Calcutta medical institutions reports 1871-78
Year: 1871
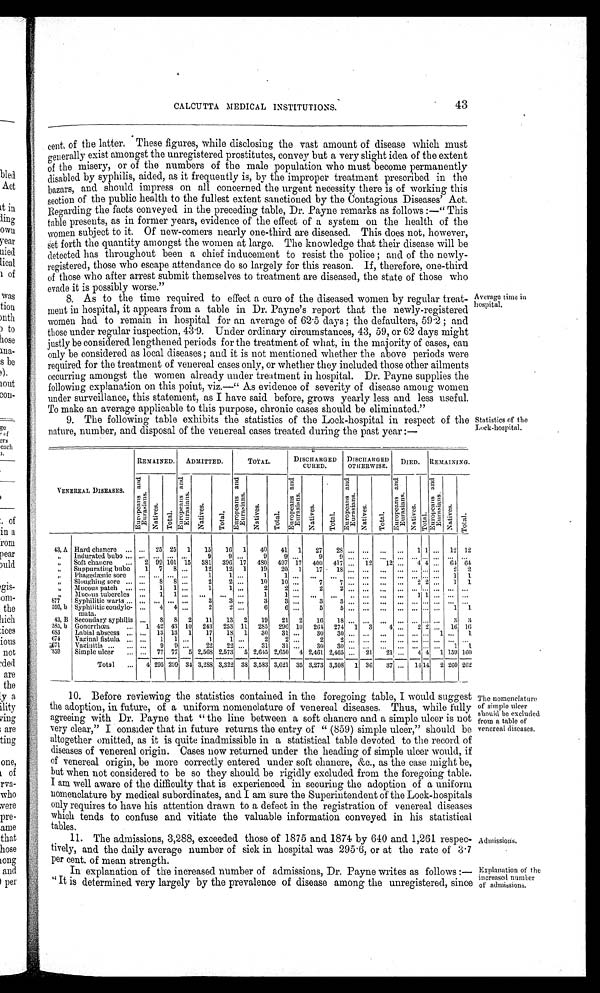
Admissions.
Explanation of the
increased number
of admissions.
CALCUTTA MEDICAL INSTITUTIONS.
43
cent of the latter. These figures, while disclosing the vast amount of disease
which must generally exist amongst the unregistered prostitutes, convey but a very slight idea of the extent
of the misery, or of the numbers of the male population who must become permanently
disabled by syphilis, aided, as it frequently is, by the improper treatment prescribed in the
bazars, and should impress on all concerned the urgent necessity there is of working this
section of the public health to the fullest extent sanctioned by the Contagious Diseases' Act.
Regarding the facts conveyed in the preceding table, Dr. Payne remarks as follows:—"This
table presents, as in former years, evidence of the effect of a system on the health of the
women subject to it. Of new-corners nearly one-third are diseased. This does not, however,
set forth the quantity amongst the women at large. The knowledge that their disease will be
detected has throughout been a chief inducement to resist the police; and of the newly-
registered, those who escape attendance do so largely for this reason. If, therefore, one-third
of those who after arrest submit themselves to treatment are diseased, the state of those who
evade it is possibly worse."
8. As to the time required to effect a cure of the diseased women by regular trea
t - m e n t i n h o s p i t a l , i t a p p e a r s f r o m a t a b l e i n D r . P a y n e ' s r e p o r t t h a t t h e n e w l y - r e g i s t e r e d
women had to remain in hospital for an average of 62·5 days; the defaulters, 59·2; and
those under regular inspection, 43·9. Under ordinary circumstances, 43, 59, or 62 days might
justly be considered lengthened periods for the treatment of what, in the majority of cases, can
only be considered as local diseases; and it is not mentioned whether the above periods were
required for the treatment of venereal cases only, or whether they included those other ailments
occurring amongst the women already under treatment in hospital. Dr. Payne supplies the
following explanation on this point, viz.—"As evidence of severity of disease among women
under surveillance, this statement, as I have said before, grows yearly less and less useful.
To make an average applicable to this purpose, chronic cases should be eliminated."
9. The following table exhibits the statistics of the Lock-hospital in respect of the
nature, number, and disposal of the venereal cases treated during the past year:—
Average time in
hospital.
Statistics of the
Lock-hospital.
REMAINED. ADMITTED.
T O T A L .
DISCHARGED
CURED.
DISCHARGED
OTHERWISE. DIED. REMAINING.
VENEREAL DISEASES.
E u r o p e a n s a n d E u r a s i a n s .
N a t i v e s . T o t a l .
E u r o p e a n s a n d E u r a s i a n s .
N a t i v e s .
T o t a l .
E u r o p e a n s a n d E u r a s i a n s .
N a t i v e s .
T o t a l .
E u r o p e a n s a n d E u r a s i a n s .
N a t i v e s .
T o t a l .
E u r o p e a n s a n d E u r a s i a n s .
N a t i v e s .
T o t a l .
E u r o p e a n s a n d E u r a s i a n s .
N a t i v e s . T o t a l .
E u r o p e a n s a n d E u r a s i a n s .
N a t i v e s .
T o t a l .
43, A Hard chancre ... . . . 25 25 1 15 16 1 40 41 1 27 28 . . . ...
. . .
. . .
1 1 . . . 12 12
”
Indurated bubo ... . . .
. . . . . . . . .
9
9
. . .
9
9
. . . 9
9
. . . . . .
. . . . . .
. . . . . . . . .
. . . . . .
„ Soft chancre ... 2
9 9
101 15 381 396 17 480 497 .17 400 417 . . . 12 12 . . . 4 4 . . .
6 4 6 4
”
Suppurating bubo 1
7
8 ...
12 12 1 19 20 1 17 18 . . . ... ...
. . . . . . . . . . . . 2 2
„ Phagedænic sore ... ... ...
. . .
1
1
. . .
1
1
. . . . . .
. . .
. . . . . . . . .
. . . . . . . . . . . . 1 1
”
Sloughing sore ...
. . .
8 8 . . .
2
2 . . . 10 10 . . .
7
7 . . . . . . ...
. . . 2 2 . . . 1
1
„ Mucous patch ...
. . .
1 1
. . .
1
1 ...
2
2
. . . 2
2
. . . . . . . . .
. . . . . . . . . . . . . . . . . .
„ Mucous tubercles ... 1 1 ...
. . .
. . .
. . .
1
1 . . .
. . .
. . .
. . . . . . . . . .
. . . 1 1 . . . . . . . . .
877 Syphilitic warts ...
. . . . . .
... ...
3
3 ...
3
3 ...
3
3
. . . . . . . . . .
. . . . . . . . . . . . . . . . . .
593, b Syphilitic condylo-
mata.
. . . 4 4 . . .
2
2 . . .
6
6 . . .
5
5 . . . . . .
. . .
. . . . . . . . . . . . 1
1
43, B Secondary syphilis ... 8 8 2 11 13 2 19 21 2 16 18 ... ... ... ...
. . . . . . . . .
3 3
585, b Gonorrhoœ ...
1 42 43 10 243 253 11 285 296 10 264 274 1 3
4
. . .
2 2
. . .
16 16
683 Labial abscess ... ... 13 13 1 17 18 1 30 31
. . . 3 0
3 0
. . . . . . . . .
. . . . . . . . .
1 . . . 1
674 Vaginal fistula ... ... 1 1 ...
1
1
. . .
2
2
. . . 2
2
. . . . . . . . .
. . . . . . . . . . . . . . . . . .
6 7 1
Vazinitis ... ... . . . 9 9
. . .
22 22 . . . 31 31 . . . 30 30 . . . . . . . . .
. . . . . . . . . . . . 1 1
859 Simple ulcer ... ... 77 77 5 2,568 2,573
5
2,645 2,650 4 2,461 2,465 ... 21 21 ... 4 4 1 159
1 6 0
Total ... 4 295 299 34 3,288 3,322 38 3,583 3,621 35 3,273 3,308
1 3 6
37
. . . 1 4 1 4
2 260 262
10. Before reviewing the statistics contained in the foregoing table, I would suggest
the adoption, in future, of a uniform nomenclature of venereal diseases. Thus, while fully
agreeing with Dr. Payne that "the line between a soft chancre and a simple ulcer is not
very clear," I consider that in future returns the entry of "(859) simple ulcer," should be
altogether omitted, as it is quite inadmissible in a statistical table devoted to the record of
diseases of venereal origin. Cases now returned under the heading of simple ulcer would, if
of venereal origin, be more correctly entered under soft chancre, &c., as the case might be,
but when not considered to be so they should be rigidly excluded from the foregoing table.
I am well aware of the difficulty that is experienced in securing the adoption of a uniform
nomenclature by medical subordinates, and I am sure the Superintendent of the Lock-hospitals
only requires to have his attention drawn to a defect in the registration of venereal diseases
which tends to confuse and vitiate the valuable information conveyed in his statistical
tables.
11. The admissions, 3,288, exceeded those of 1875 and 1874 by 640 and 1,261 respec
-tively, and the daily average number of sick in hospital was 295·6, or at the rate of 3·7
per cent. of mean strength.
In explanation of the increased number of admissions, Dr. Payne writes as follows:—
"It is determined very largely by the prevalence of disease among the unregistered, since
The nomenclature
of simple ulcer
should be excluded
from a table of
venereal diseases.